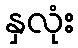
နှလုံး